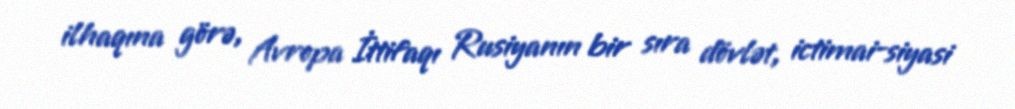
ilhaqına görə, Avropa İttifaqı Rusiyanın bir sıra dövlət, ictimai-siyasi